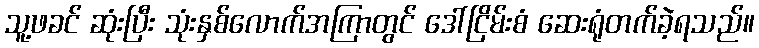
သူ့ဖခင် ဆုံးပြီး သုံးနှစ်လောက်အကြာတွင် ဒေါ်ငြိမ်းစံ ဆေးရုံတက်ခဲ့ရသည်။